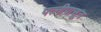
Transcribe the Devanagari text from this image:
पत्‍नीपासून